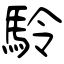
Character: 駖